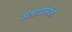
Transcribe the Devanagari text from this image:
संसाधानोंका